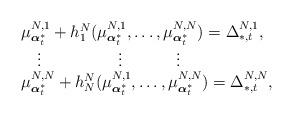
LaTeX: \begin{align*}\begin{array}{l} \mu^{N,1}_{\boldsymbol{\alpha}^*_t}+h_1^N(\mu^{N,1}_{\boldsymbol{\alpha}^*_t},\ldots,\mu^{N,N}_{\boldsymbol{\alpha}^*_t})=\Delta^{N,1}_{*,t},\\\quad\vdots \qquad\qquad~~\vdots\qquad~~~~\vdots\\\mu^{N,N}_{\boldsymbol{\alpha}^*_t}+h_N^N(\mu^{N,1}_{\boldsymbol{\alpha}^*_t},\ldots,\mu^{N,N}_{\boldsymbol{\alpha}^*_t})=\Delta^{N,N}_{*,t},\end{array}\end{align*}